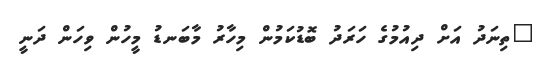
"ތިނަދު އަށް ދިއުމުގެ ހަރަދު ބޮޑުކަމުން މިހާރު މާބަނޑު މީހުން ވިހަން ދަނީ